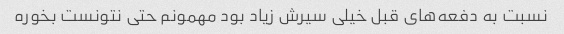
نسبت به دفعه‌های قبل خیلی سیرش زیاد بود مهمونم حتی نتونست بخوره